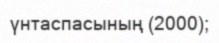
үнтаспасының (2000);